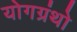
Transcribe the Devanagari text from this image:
योगग्रंथो